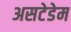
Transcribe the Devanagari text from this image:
असटेडेम